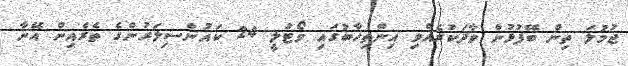
ޖުމުލަ ތިން ބޭފުޅުން ވާދަކުރެއްވި އިންތިޚާބުގައި ވޯޓުލީ 24 ކައުންސިލަރުންގެ ތެރެއިން އޭނާ